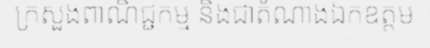
ក្រសួងពាណិជ្ជកម្ម និងជាតំណាងឯកឧត្តម